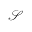
{ \mathcal { S } }